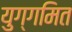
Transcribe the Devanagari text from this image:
युग्गमित